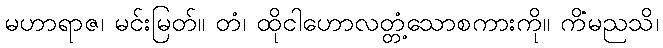
မဟာရာဇ၊ မင်းမြတ်။ တံ၊ ထိုငါဟောလတ္တံ့သောစကားကို။ ကိံမညသိ၊